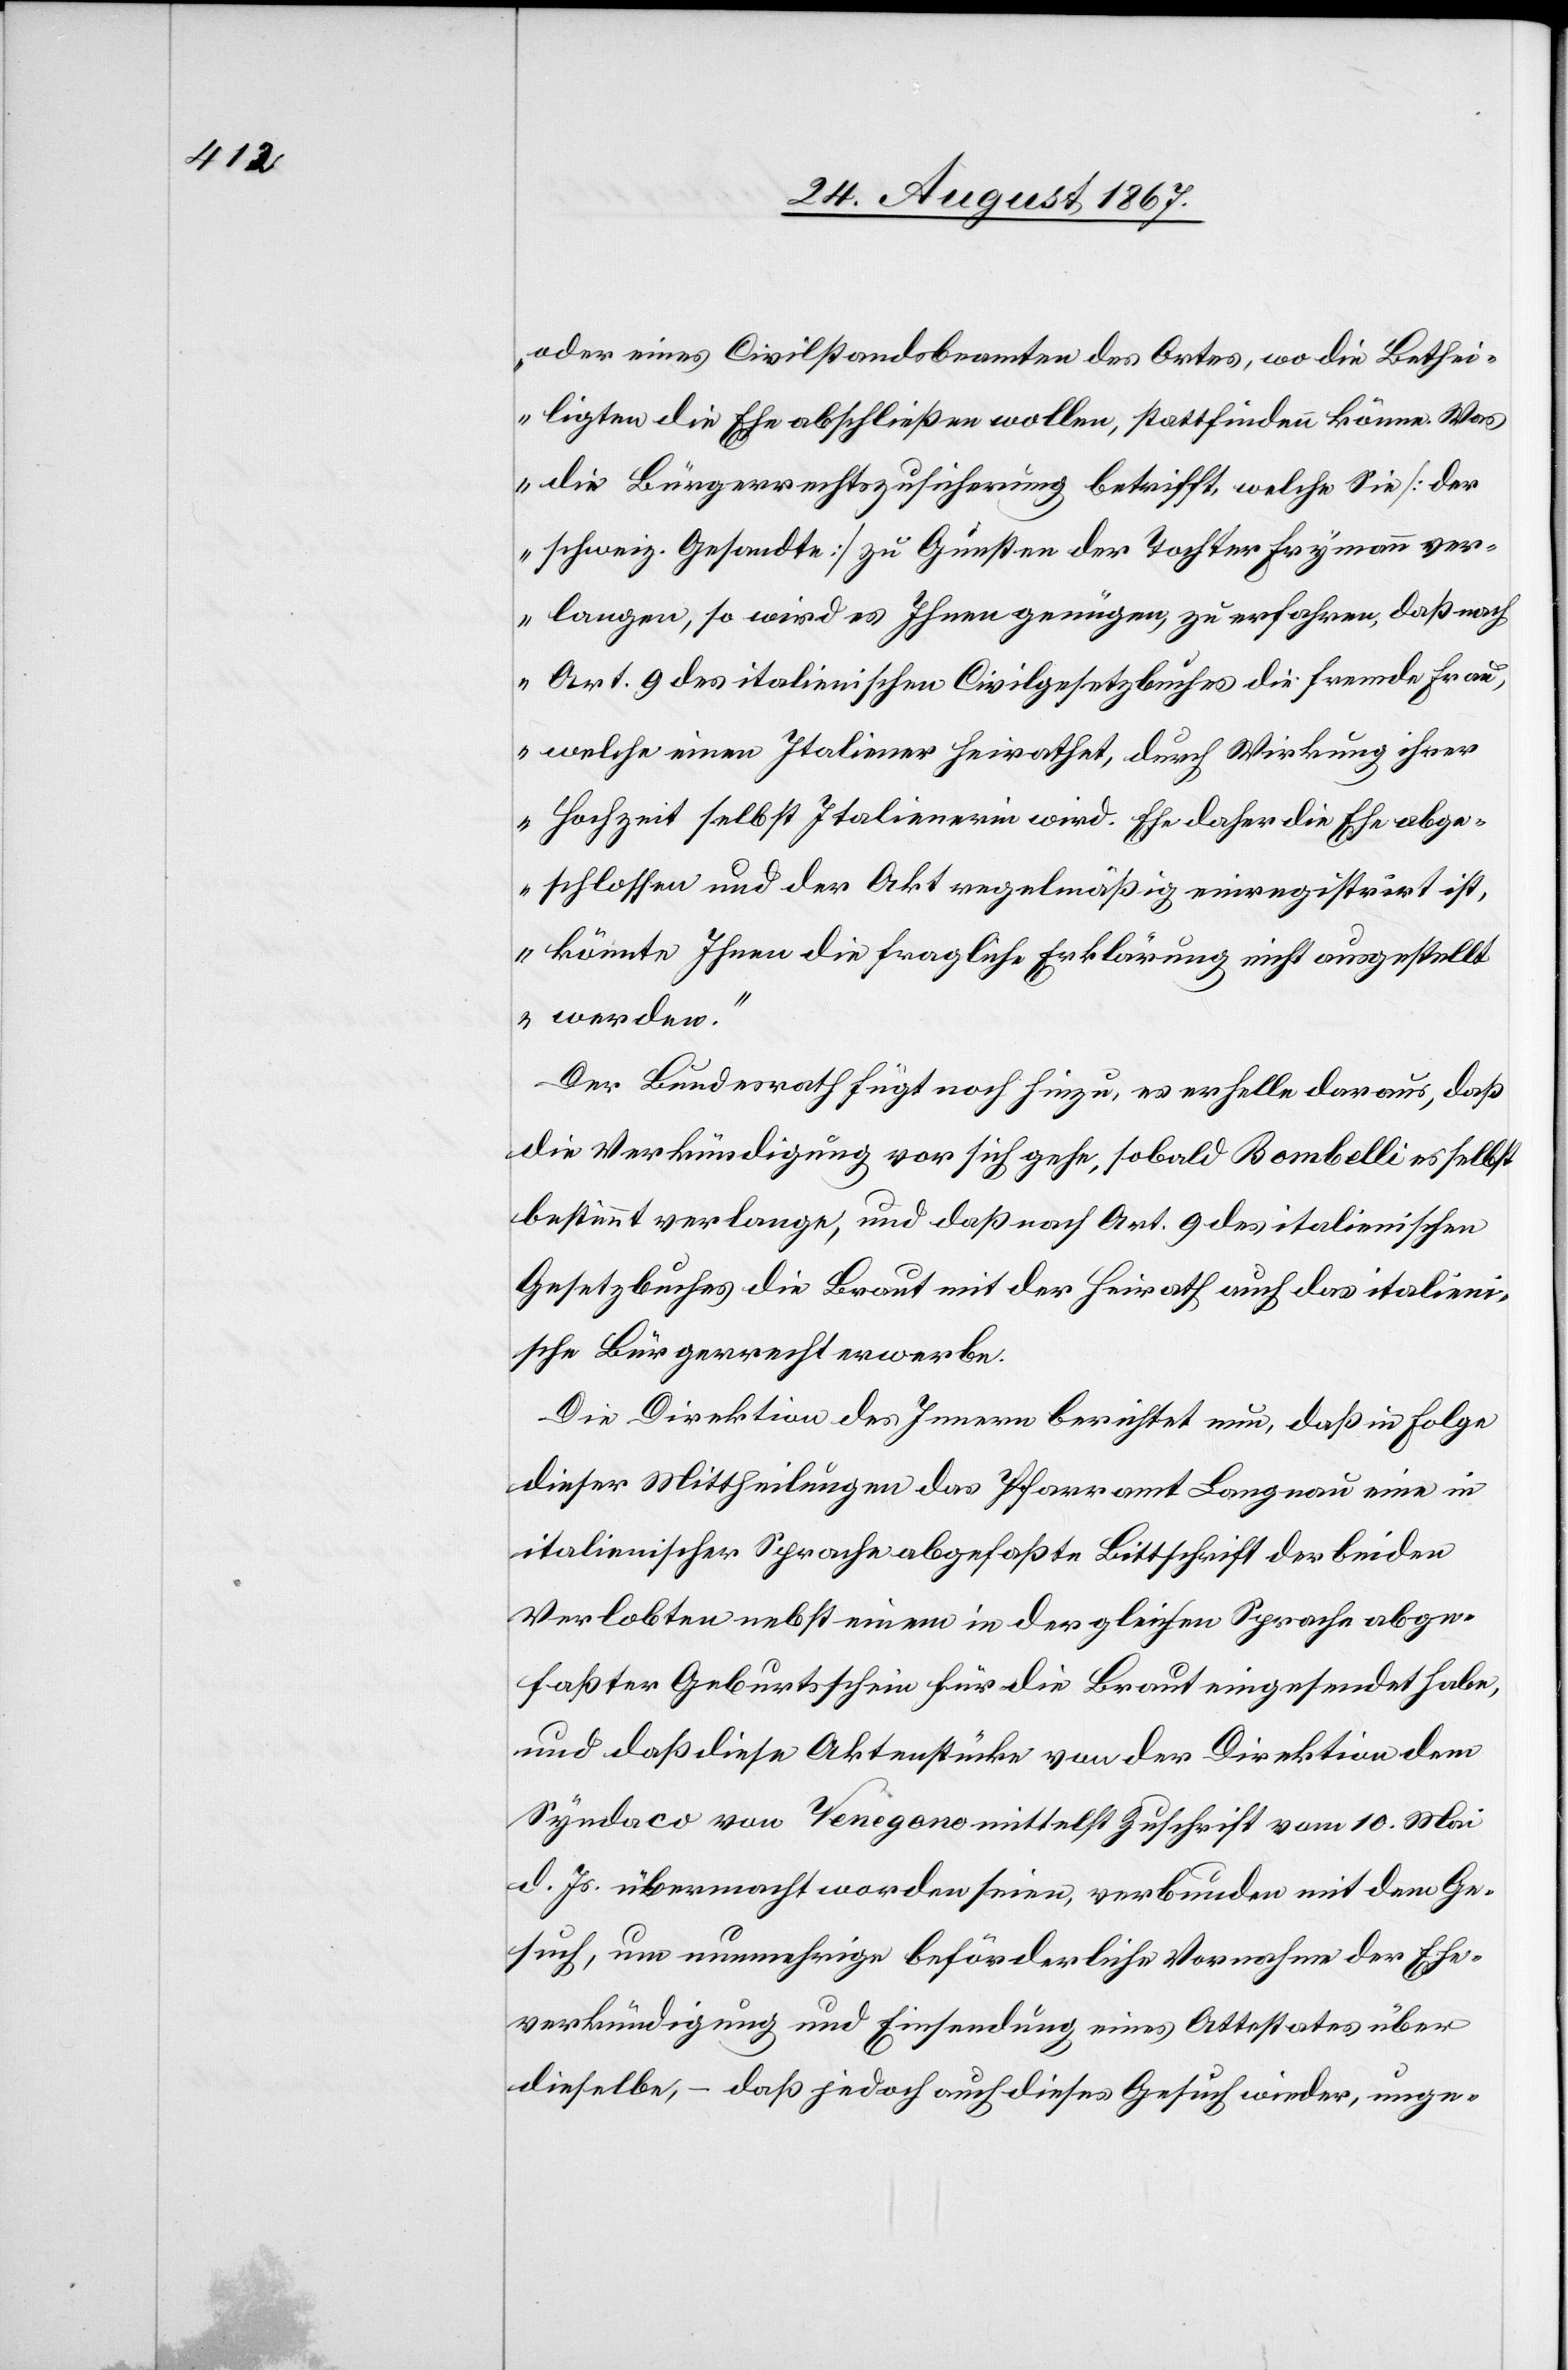
oder eines Civilstandsbeamten des Ortes, wo die Bethei¬
ligten die Ehe abschließen wollen, stattfinden könne. Was
die Bürgerrechtszusicherung betrifft, welche Sie [der
schweiz. Gesandte] zu Gunsten der Tochter Frymann ver¬
langen, so wird es Ihnen genügen, zu erfahren, daß nach
Art. 9 des italienischen Civilgesetzbuches die fremde Frau,
welche einen Italiener heirathet, durch Wirkung ihrer
Hochzeit selbst Italienerin wird. Ehe daher die Ehe abge¬
schlossen und der Akt regelmäßig registrirt ist,
könnte Ihnen die fragliche Erklärung nicht ausgestellt
Der Bundesrath fügt noch hinzu, es erhelle daraus, daß
die Verkündigung vor sich gehe, sobald Bombelli es selbst
bestimmt verlange, und daß nach Art. 9 des italienischen
Gesetzbuches die Braut mit der Heirath auch das italieni¬
sche Bürgerrecht erwerbe.
Die Direktion des Innern berichtet nur, daß in Folge
dieser Mittheilung das Pfarramt Langnau eine in
italienischer Sprache abgefaßte Bittschrift der beiden
Verlobten nebst einem in der gleichen Sprache abge¬
faßten Geburtsschein für die Braut eingesandt habe,
und daß diese Aktenstücke von der Direktion dem
Syndaco von Venegono mittelst Zuschrift vom 10. Mai
d. Js. übermacht worden seien, verbunden mit dem Ge¬
such, um nunmehrige beförderliche Vornahme der Ehe¬
verkündigung und Einsendung eines Attestates über
dieselbe, – daß jedoch auch dieses Gesuch wieder, unge-